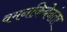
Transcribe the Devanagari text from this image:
वमनक्रियेनंतर